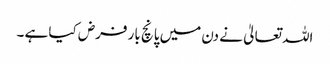
اللہ تعالیٰ نے دن میں پانچ بار فرض کیا ہے ۔